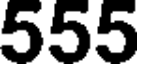
555